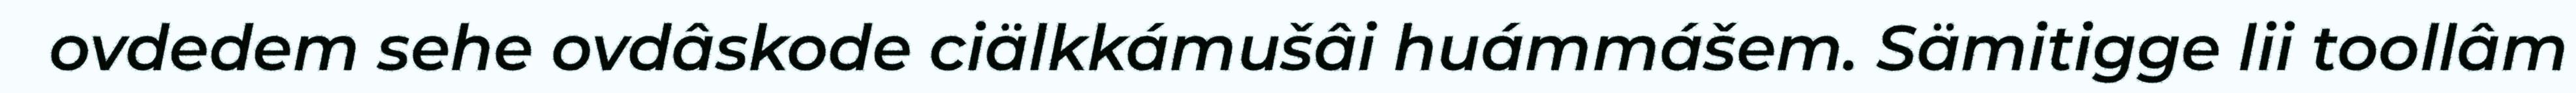
ovdedem sehe ovdâskode ciälkkámušâi huámmášem. Sämitigge lii toollâm